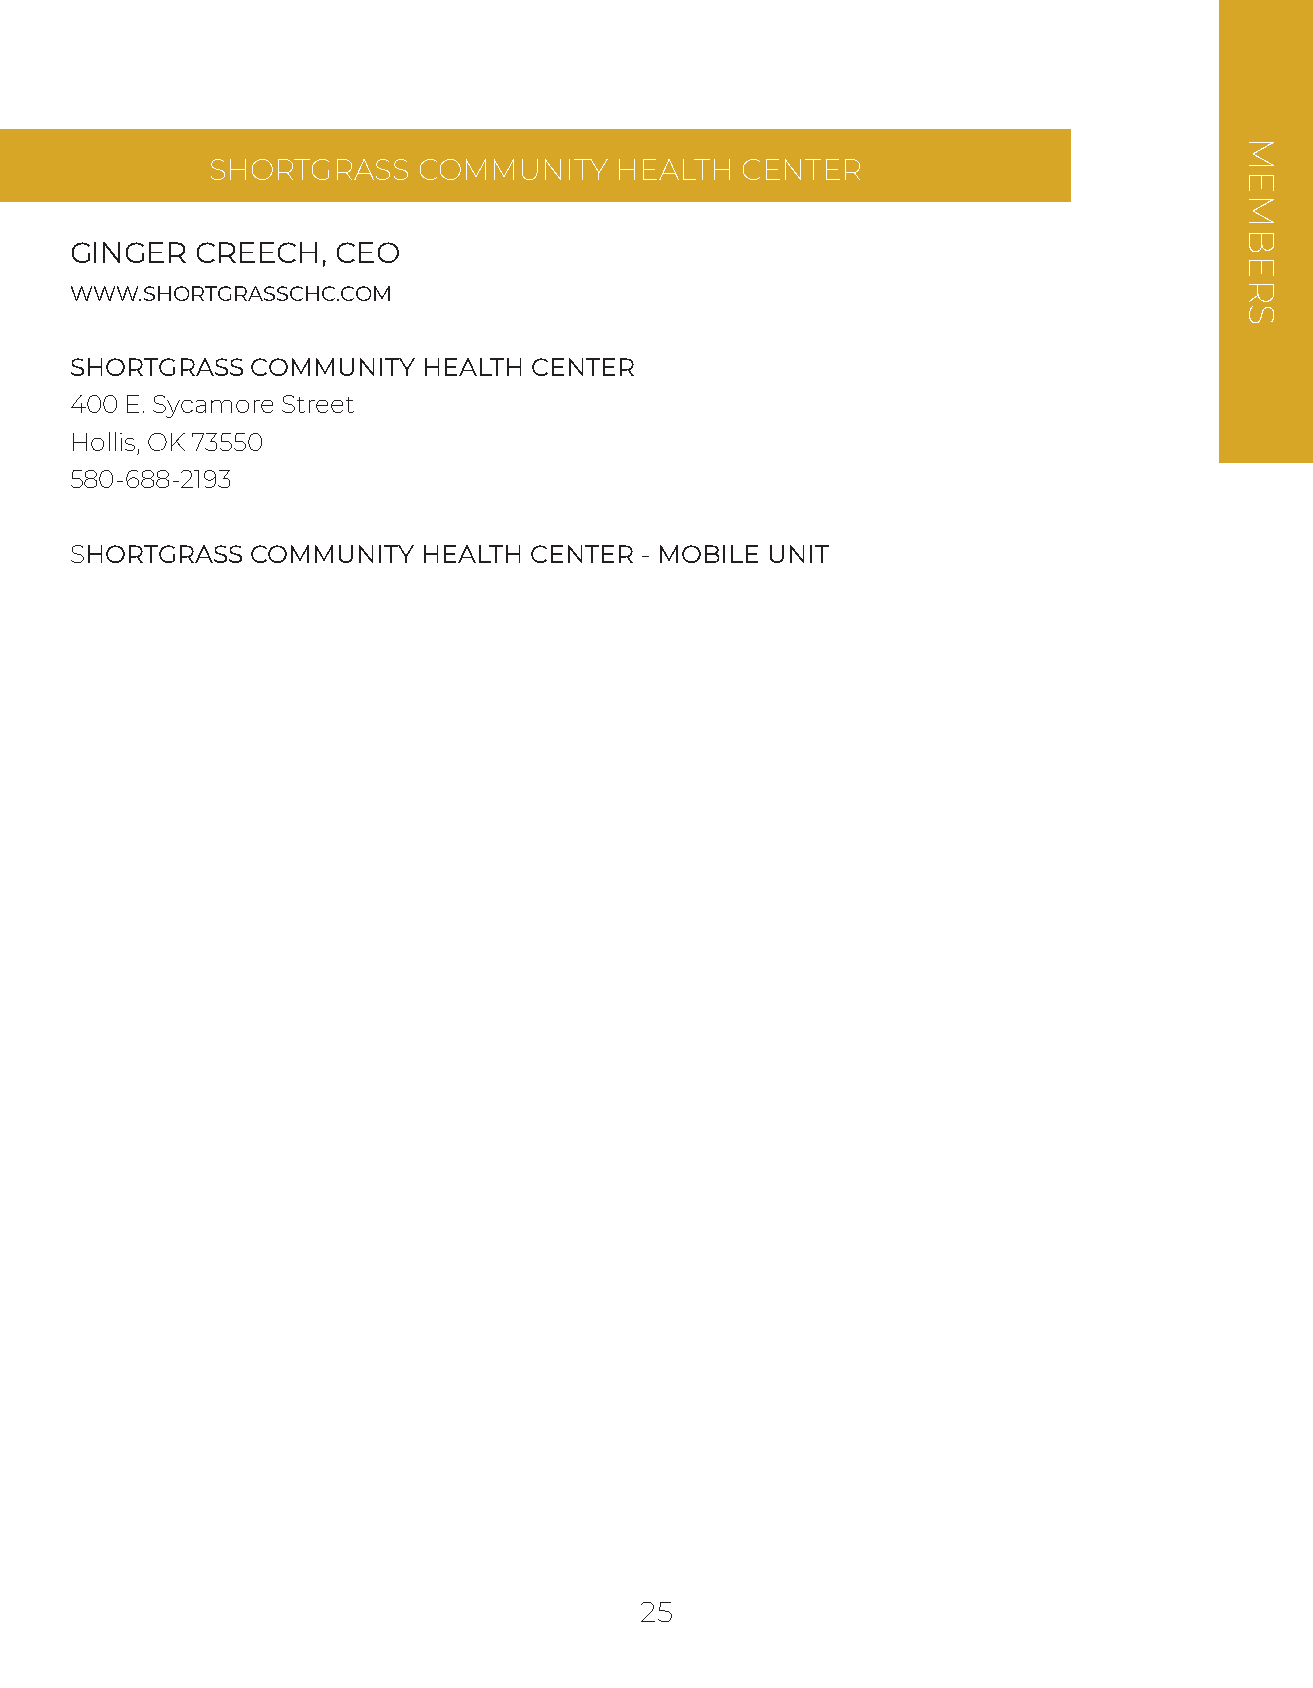
SHORTGRASS    COMMUNITY    HEALTH  CENTER
 GINGER  CREECH,  CEO
 WWW.SHORTGRASSCHC.COM
 SHORTGRASS  COMMUNITY  HEALTH CENTER
 400 E. Sycamore Street
 Hollis, OK 73550
 580-688-2193
 SHORTGRASS  COMMUNITY  HEALTH CENTER - MOBILE UNIT
 25
 MEMBERS